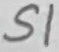
Text: S1